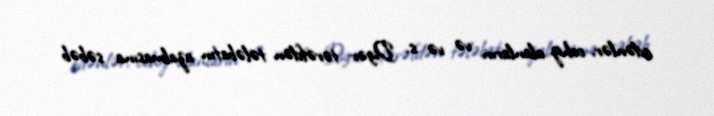
edənlər, cehiz alanların və və s. Digər tərəfdən tələbatın azalmasına səbəb